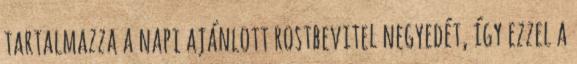
tartalmazza a napi ajánlott rostbevitel negyedét, így ezzel a